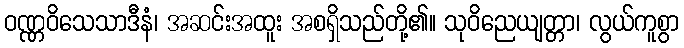
ဝဏ္ဏဝိသေသာဒီနံ၊ အဆင်းအထူး အစရှိသည်တို့၏။ သုဝိညေယျတ္တာ၊ လွယ်ကူစွာ